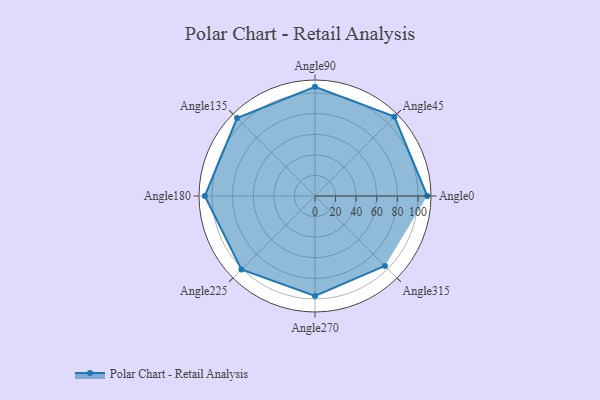
{"axis": {"x": "Angle", "y": "Radius"}, "legend": [""], "data": [{"x": "Angle0", "y": 109.0, "type": ""}, {"x": "Angle45", "y": 109.0, "type": ""}, {"x": "Angle90", "y": 106.0, "type": ""}, {"x": "Angle135", "y": 107.0, "type": ""}, {"x": "Angle180", "y": 107.0, "type": ""}, {"x": "Angle225", "y": 101.0, "type": ""}, {"x": "Angle270", "y": 97.0, "type": ""}, {"x": "Angle315", "y": 96.0, "type": ""}]}